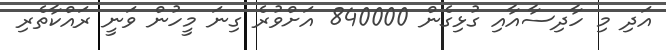
އަދި މި ހާދިސާއާއި ގުޅިގެން 840000 އަށްވުރެ ގިނަ މީހުން ވަނީ ރައްކާތެރި